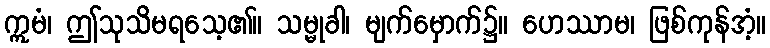
ဣမံ၊ ဤသုသိမရသေ့၏။ သမ္မုခါ၊ မျက်မှောက်၌။ ဟေဿာမ၊ ဖြစ်ကုန်အံ့။